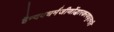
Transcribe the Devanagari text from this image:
हैन्दवधर्मजीर्णोद्धारकरणघृतमति